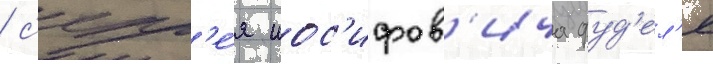
/ с'ерг'е́я иос'ифов'ича фуд'ел'я